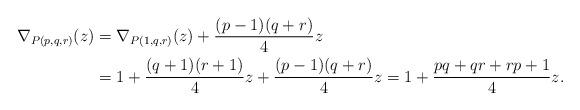
LaTeX: \begin{align*}\nabla_{P(p,q,r)}(z) &=\nabla_{P(1,q,r)}(z)+\frac{(p-1)(q+r)}{4}z \\&= 1+ \frac{(q+1)(r+1)}{4}z + \frac{(p-1)(q+r)}{4}z =1+\frac{pq+qr+rp+1}{4}z.\end{align*}